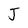
Character: J